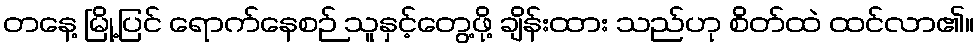
တနေ့ မြို့ပြင် ရောက်နေစဉ် သူနှင့်တွေ့ဖို့ ချိန်းထား သည်ဟု စိတ်ထဲ ထင်လာ၏။